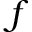
f